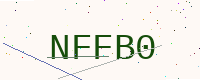
Text: NFFB0